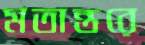
মতান্তরে